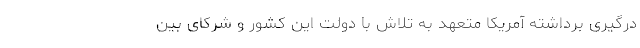
درگیری برداشته آمریکا متعهد به تلاش با دولت این کشور و شرکای بین‌